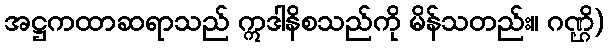
အဋ္ဌကထာဆရာသည် ဣဒါနိစသည်ကို မိန်သတည်း။ ဂဏ္ဌိ)